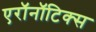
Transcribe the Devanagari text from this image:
एरॉनॉटिक्स